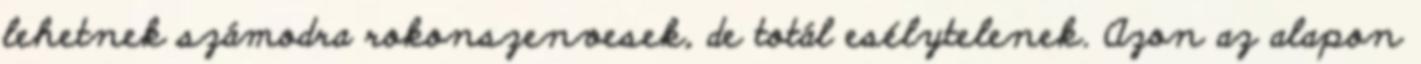
lehetnek számodra rokonszenvesek, de totál esélytelenek. Azon az alapon